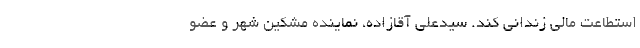
استطاعت مالی زندانی کند. سیدعلی آقازاده، نماینده مشکین شهر و عضو